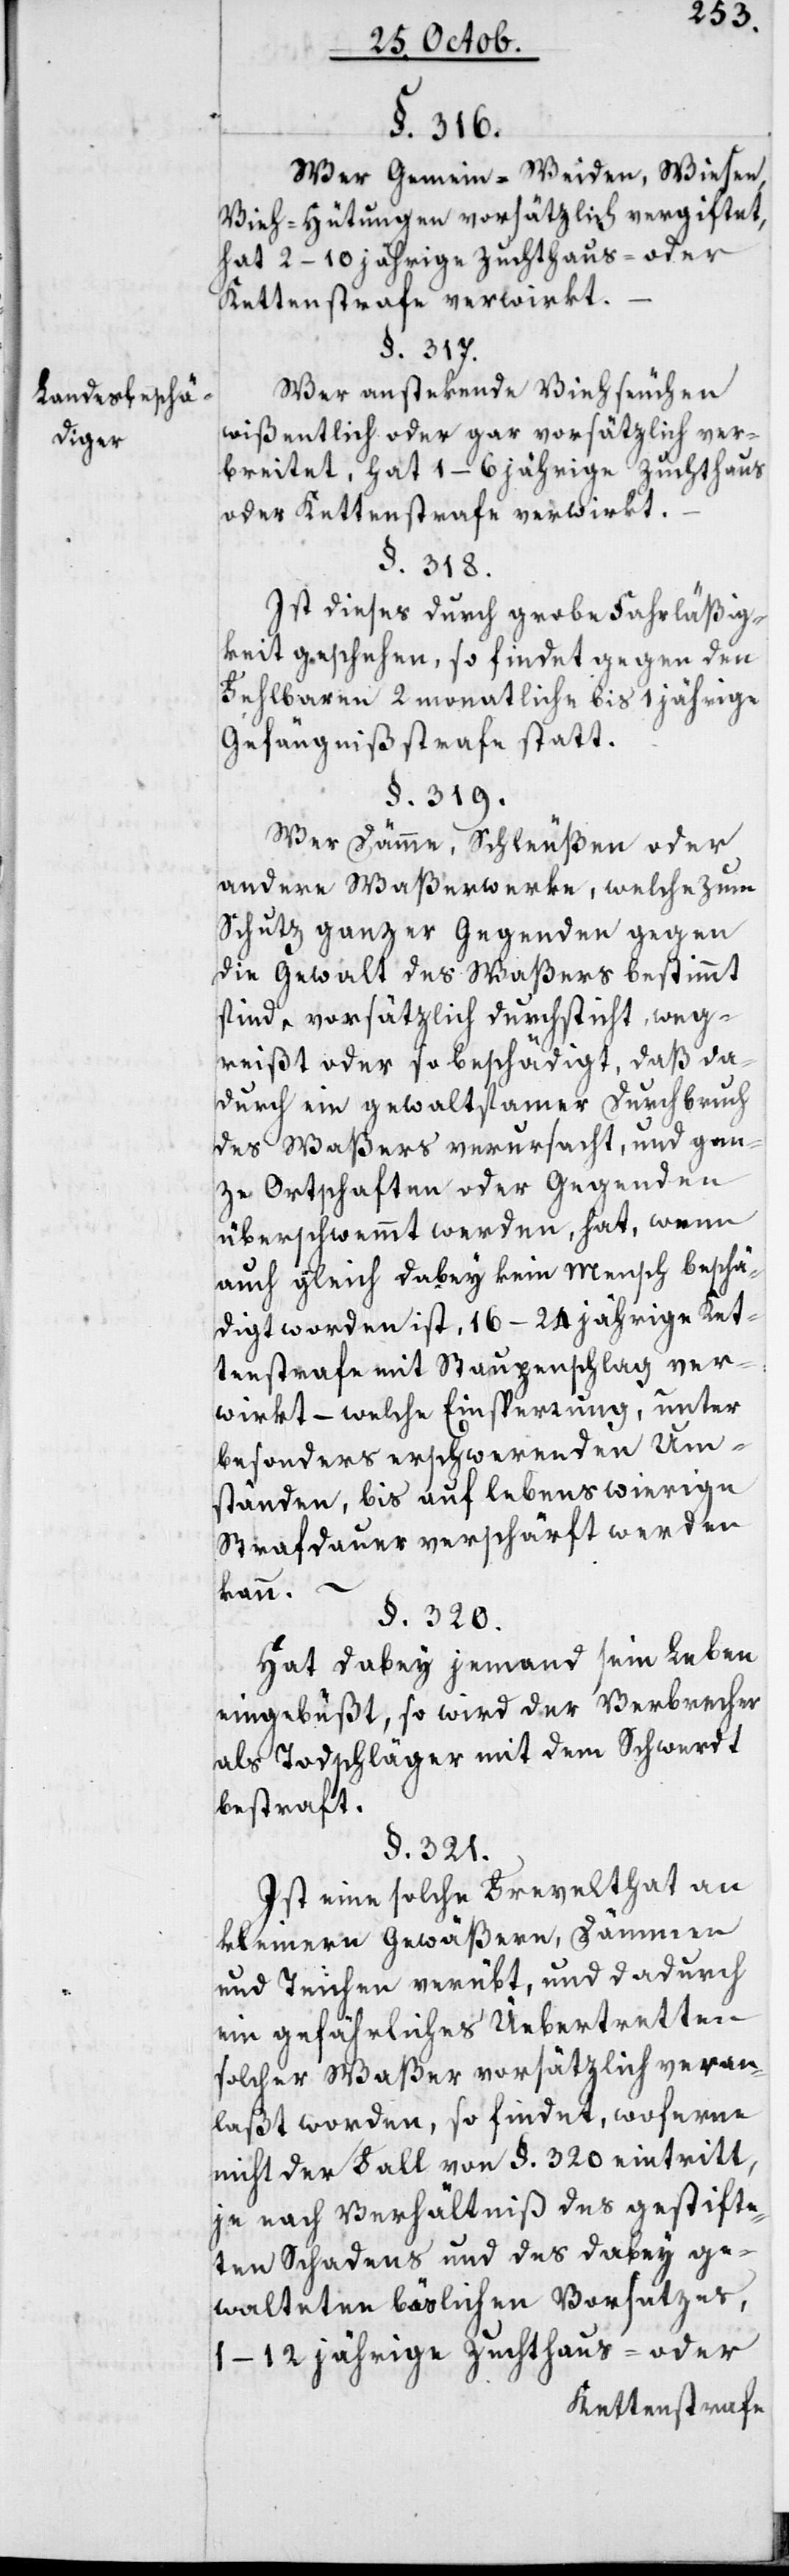
Landesbeschä¬
diger.

§. 316.
Wer Gemein-Weiden, Wiesen,
Vieh-Hütungen vorsätzlich vergiftet,
hat 2–10 jährige Zuchthaus- oder
Kettenstrafe verwirkt.
§. 317.
Wer anstekende Viehseuchen
wißentlich oder gar vorsätzlich ver¬
breitet, hat 1–6 jährige Zuchthaus-
oder Kettenstrafe verwirkt.
§. 318.
Ist dieses durch grobe Fahrläßig¬
keit geschehen, so findet gegen den
Fehlbaren 2 monatliche bis 1 jährige
Gefängnißstrafe statt.
§. 319.
Wer Dämme, Schleußen oder
andere Waßerwerke, welche zum
Schutz ganzer Gegenden gegen
die Gewalt des Waßers bestimmt
sind, vorsätzlich durchsticht, weg¬
reißt oder so beschädigt, daß da¬
durch ein gewaltsamer Durchbruch
des Waßers verursacht, und gan¬
ze Ortschaften oder Gegenden
überschwemmt werden, hat, wenn
auch gleich dabey kein Mensch beschä¬
diget worden ist, 16–24 jährige Ket¬
tenstrafe mit Staupenschlag ver¬
wirkt – welche Einsperrung, unter
besonders erschwerenden Um¬
ständen, bis auf lebenswierige
Strafdauer verschärft werden
kann.
§. 320.
Hat dabey jemand sein Leben
eingebüßt, so wird der Verbrecher
als Todschläger mit dem Schwerdt
bestraft.
§. 321.
Ist eine solche Frevelthat an
kleinern Gewäßern, Dämmen
und Teichen verübt, und dadurch
ein gefährliches Uebertretten
solcher Waßer vorsätzlich veran¬
laßt worden, so findet, woferne
nicht der Fall von §. 320 eintritt,
je nach Verhältniß des gestifte¬
ten Schadens und des dabey ge¬
walteten böslichen Vorsatzes,
1–12 jährige Zuchthaus- oder